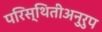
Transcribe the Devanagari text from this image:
परिस्थितीअनुरुप